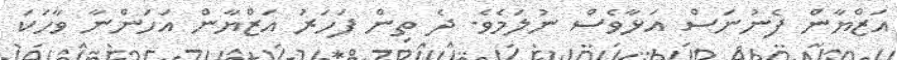
އަޒްޔާން ފެނުނަސް އަޅާވެސް ނުލަމެވެ. ދެ ތިން ފަހަރަު އަޒްޔާން އަހަންނާ ވާހަކަ